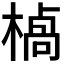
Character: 𪳣